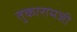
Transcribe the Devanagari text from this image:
तुकारामजी